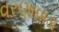
વરણાવાડા